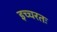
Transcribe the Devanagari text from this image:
इच्चरतः